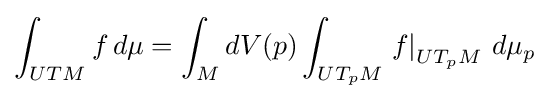
\int _{UTM}f\,d\mu =\int _{M}dV(p)\int _{UT_{p}M}\left.f\right|_{UT_{p}M}\,d\mu _{p}